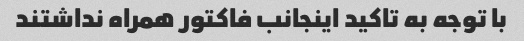
با توجه به تاکید اینجانب فاکتور همراه نداشتند